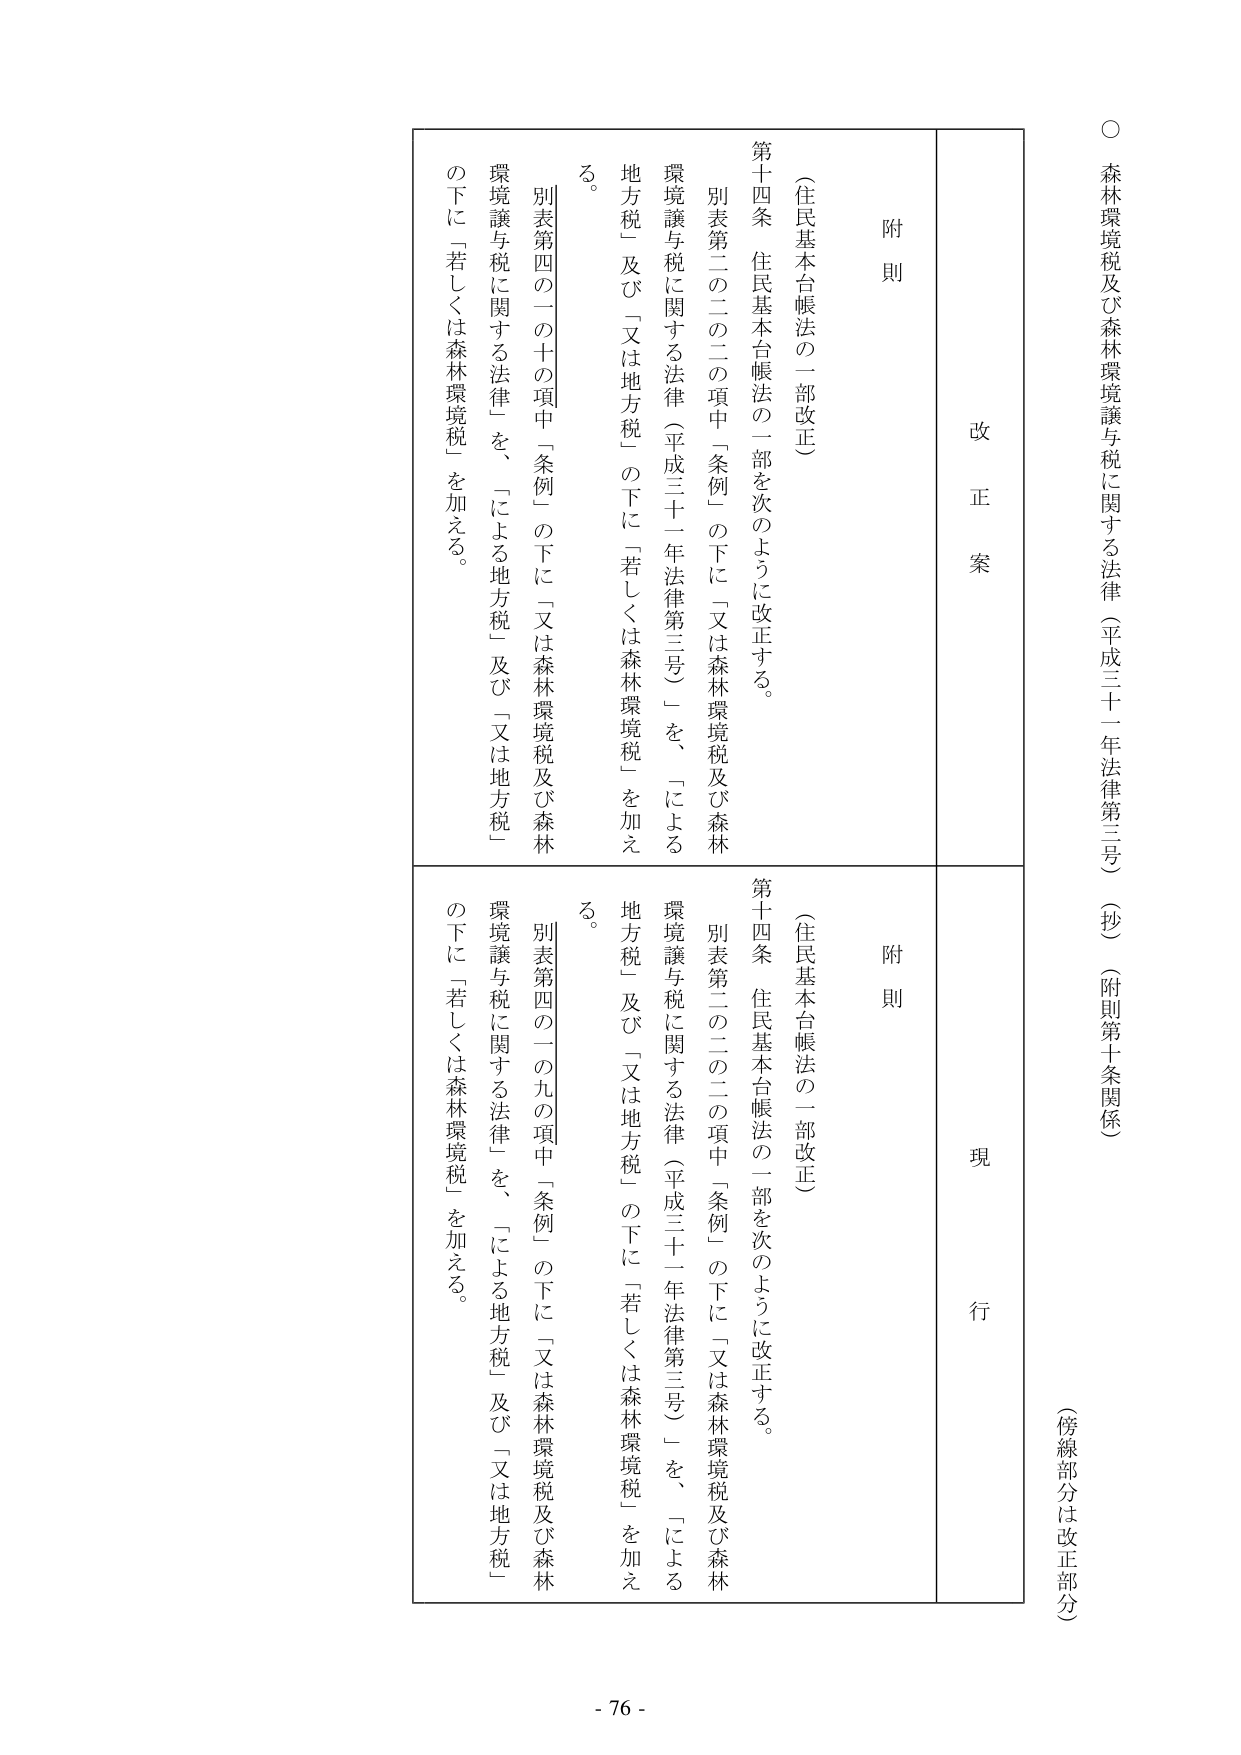
○ 森林環境税及び森林環境譲与税に関する法律（平成三十一年法律第三号）（抄）（附則第十条関係）
（傍線部分は改正部分）

改正案
附則
（住民基本台帳法の一部改正）
第十四条 住民基本台帳法の一部を次のように改正する。
　別表第二の二の二の項中「条例」の下に「又は森林環境税及び森林環境譲与税に関する法律（平成三十一年法律第三号）」を、「による地方税」及び「又は地方税」の下に「若しくは森林環境税」を加える。
　別表第四の一の十の項中「条例」の下に「又は森林環境税及び森林環境譲与税に関する法律」を、「による地方税」及び「又は地方税」の下に「若しくは森林環境税」を加える。

現行
附則
（住民基本台帳法の一部改正）
第十四条 住民基本台帳法の一部を次のように改正する。
　別表第二の二の二の項中「条例」の下に「又は森林環境税及び森林環境譲与税に関する法律（平成三十一年法律第三号）」を、「による地方税」及び「又は地方税」の下に「若しくは森林環境税」を加える。
　別表第四の一の九の項中「条例」の下に「又は森林環境税及び森林環境譲与税に関する法律」を、「による地方税」及び「又は地方税」の下に「若しくは森林環境税」を加える。

- 76 -